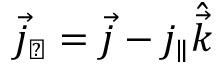
\vec { j } _ { \perp } = \vec { j } - j _ { \parallel } \hat { \vec { k } }